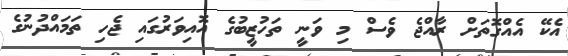
އެކޭ އެއްގޮތަށް ރާއްޖެ ވެސް މި ވަނީ ތަހުޒީބުގެ އޮއިވަރުގައި ޖެހި ތަމައްދުނުގެ